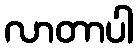
လာတာပါ